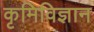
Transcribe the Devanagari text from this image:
कृमिविज्ञान